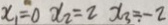
x _ { 1 } = 0 x _ { 2 } = 2 x _ { 3 } = - 2